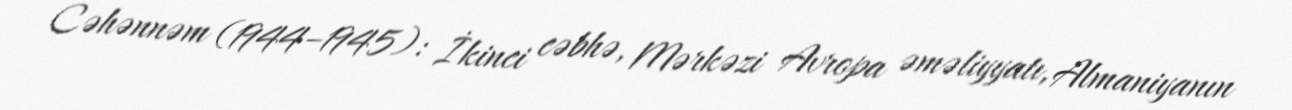
Cəhənnəm (1944–1945): İkinci cəbhə, Mərkəzi Avropa əməliyyatı, Almaniyanın